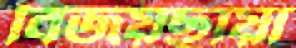
বিজয়ছায়া